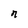
Character: r